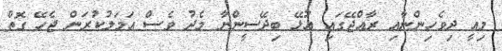
މިއީ ދިވެހިންނާއި ރާއްޖޭގައި އުޅޭ ބިދޭސީންނާ މެދު ވެސް އަމަލުކުރަން ޖެހޭ ގޮތް